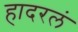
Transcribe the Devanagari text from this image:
हादरलं